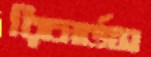
রিচার্ডস